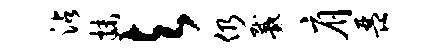
沾抹与仍戴肩琵